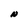
Character: N